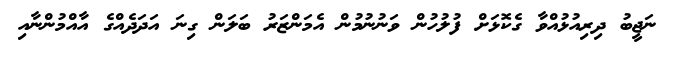
ނަޖީބު ދިރިއުޅުއްވާ ގެކޮޅަށް ފުލުހުން ވަނުނުމުން އެމަންޒަރު ބަލަން ގިނަ އަދަދެއްގެ އާއްމުންނާއި